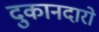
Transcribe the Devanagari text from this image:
दुकानदारो